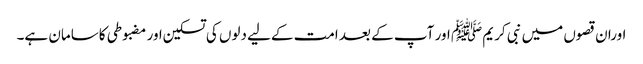
اوران قصوں میں نبی کریم ﷺ اور آپ کے بعد امت کےلیے دلوں کی تسکین اور مضبوطی کاسامان ہے۔